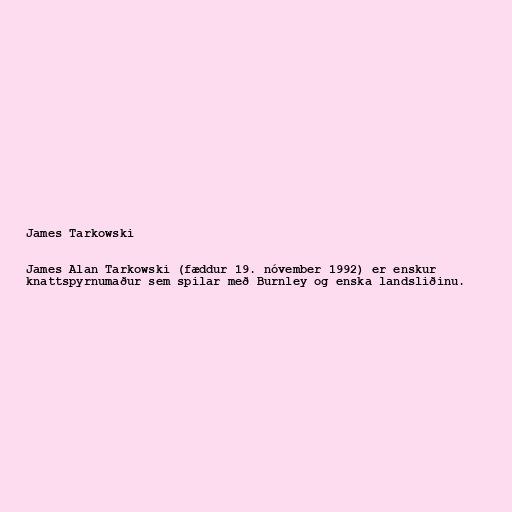
James Tarkowski

James Alan Tarkowski (fæddur 19. nóvember 1992) er enskur
knattspyrnumaður sem spilar með Burnley og enska landsliðinu.